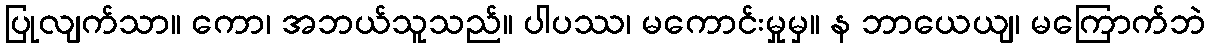
ပြုလျက်သာ။ ကော၊ အဘယ်သူသည်။ ပါပဿ၊ မကောင်းမှုမှ။ န ဘာယေယျ၊ မကြောက်ဘဲ